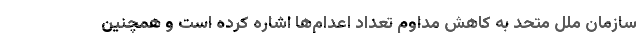
سازمان ملل متحد به کاهش مداوم تعداد اعدام‌ها اشاره کرده است و همچنین